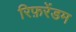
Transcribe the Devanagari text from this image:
रिफ़रेंडम